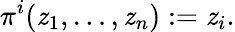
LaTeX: \pi^{i}(\mathit{z}_{1},\dots,\mathit{z}_{n}):=\mathit{z}_{i}.